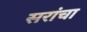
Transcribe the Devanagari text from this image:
सरांचा